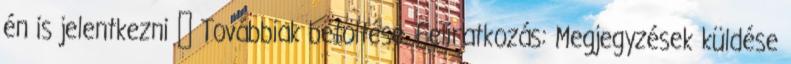
én is jelentkezni ♥ Továbbiak betöltése. Feliratkozás: Megjegyzések küldése